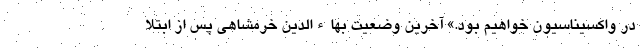
در واکسیناسیون خواهیم بود.» آخرین وضعیت بهاءالدین خرمشاهی پس از ابتلا